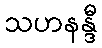
သဟနန္ဒီ